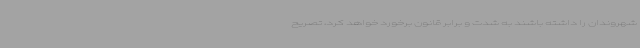
شهروندان را داشته باشند به شدت و برابر قانون برخورد خواهد کرد، تصریح